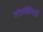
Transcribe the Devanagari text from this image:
तोलोलिंगची